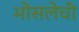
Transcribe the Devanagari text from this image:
भोसलेची